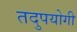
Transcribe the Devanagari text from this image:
तदुपयोगी